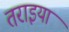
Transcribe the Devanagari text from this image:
तराइया